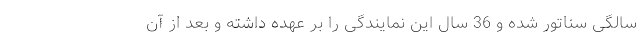
سالگی سناتور شده و 36 سال این نمایندگی را بر عهده داشته و بعد از آن